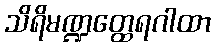
သိရိမဏ္ဍတ္ထေရဂါထာ